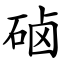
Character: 硵